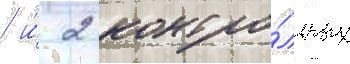
/ и́ 2 контро́льных